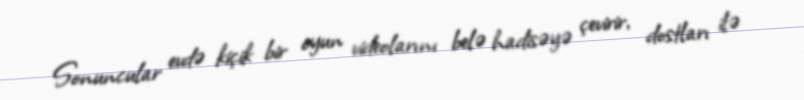
Sonuncular evdə kiçik bir oyun videolarını belə hadisəyə çevirir, dostları ilə